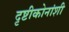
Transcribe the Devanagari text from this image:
दृष्टीकोनांशी